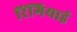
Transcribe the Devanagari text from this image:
रिंगियाई